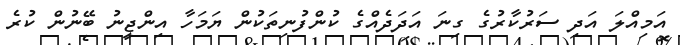
އަމިއްލަ އަދި ސަރުކާރުގެ ގިނަ އަދަދެއްގެ ކުންފުނިތަކުން ޔަމަހާ އިންޖީނު ބޭނުން ކުރެ